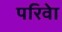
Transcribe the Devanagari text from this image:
परिवेा